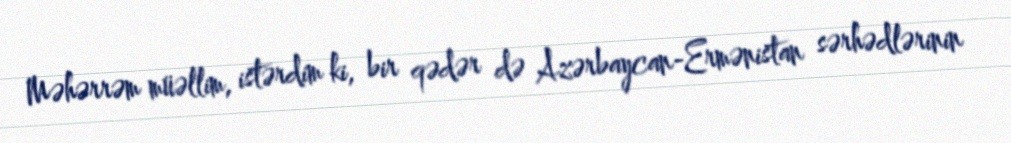
Məhərrəm müəllim, istərdim ki, bir qədər də Azərbaycan-Ermənistan sərhədlərinin